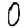
Digit: 0